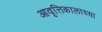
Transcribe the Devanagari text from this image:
आवृत्तिकालाच्या